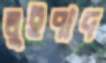
লুইপাদ